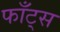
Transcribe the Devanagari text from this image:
फाँट्‌स